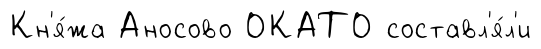
Кн'я́жа Аносово ОКАТО составл'я́л'и